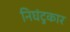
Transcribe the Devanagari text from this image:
निघंटुकार